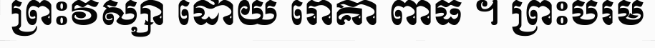
ព្រះវស្សា ដោយ រោគា ពាធ ។ ព្រះបរម